Annual report on the working of the lock hospitals in the North-Western Provinces and Oudh
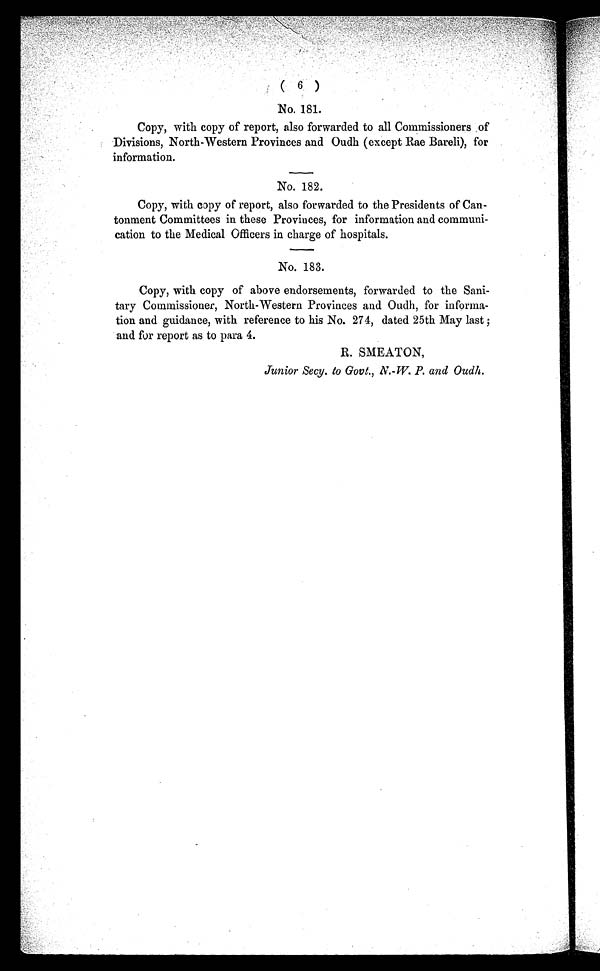
( 6 )
No. 181.
Copy, with copy of report, also forwarded to all Commissioners of
Divisions, North-Western Provinces and Oudh (except Rae Bareli), for
information.
No. 182.
Copy, with copy of report, also forwarded to the Presidents of Can-
tonment Committees in these Provinces, for information and communi-
cation to the Medical Officers in charge of hospitals.
No. 183.
Copy, with copy of above endorsements, forwarded to the Sani-
tary Commissioner, North-Western Provinces and Oudh, for informa-
tion and guidance, with reference to his No. 274, dated 25th May last ;
and for report as to para 4.
R. SMEATON,
Junior Secy. to Govt., N.-W. P. and Oudh.